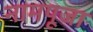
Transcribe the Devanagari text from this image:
नामपूजा